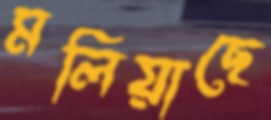
মলিয়াছে